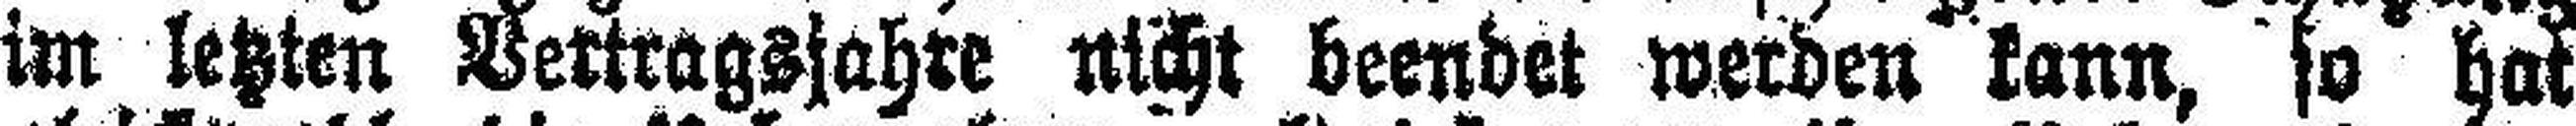
im letzten Vertragsjahre nicht beendet werden kann, so hat